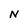
Character: N